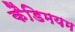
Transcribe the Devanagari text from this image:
कैडिमयम